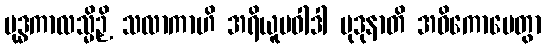
ဗုဒ္ဓကာလသ္မိဉှိ သလာကာဟိ အရိယူပဝါဒါ မုဒုနာတိ အဝိကောပေတွာ